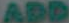
ADD